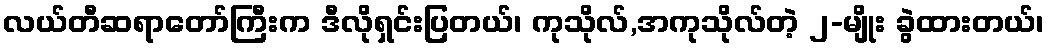
လယ်တီဆရာတော်ကြီးက ဒီလိုရှင်းပြတယ်၊ ကုသိုလ်,အကုသိုလ်တဲ့ ၂-မျိုး ခွဲထားတယ်၊